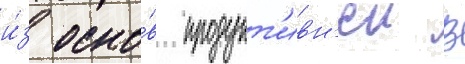
и́з осно́в продукт'ивн'еи в